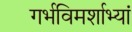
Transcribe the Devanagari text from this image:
गर्भविमर्शाभ्यां